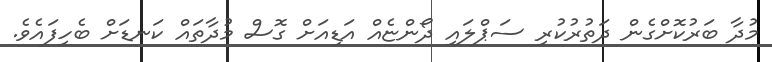
މުދާ ބަރުކޮށްގެން ދަތުރުކުރި ސަޕްލައި ދޯންޏެއް އަޑިއަށް ގޮސް މުދާތައް ކަނޑަށް ބެހިފައެވެ.